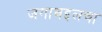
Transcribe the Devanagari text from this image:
जगाबद्दलचा